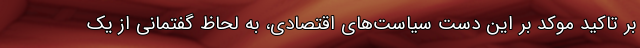
بر تاکید موکد بر این دست سیاست‌های اقتصادی، به‌ لحاظ گفتمانی از یک